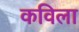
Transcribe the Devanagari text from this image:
कविला